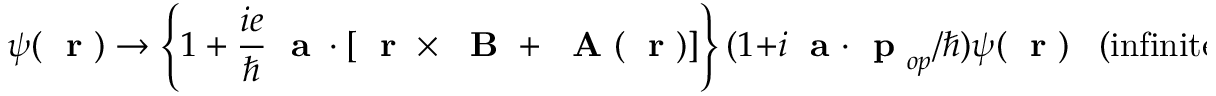
\psi ( \mathrm { ~ \bf ~ r ~ } ) \rightarrow \left\{ 1 + \frac { i e } { \hbar } { \mathrm { ~ \bf ~ a ~ } } \cdot [ \mathrm { ~ \bf ~ r ~ } \times \mathrm { ~ \bf ~ B ~ } + \mathrm { ~ \bf ~ A ~ } ( \mathrm { ~ \bf ~ r ~ } ) ] \right\} ( 1 + i { \mathrm { ~ \bf ~ a ~ } } \cdot \mathrm { ~ \bf ~ p ~ } _ { o p } / \hbar ) \psi ( \mathrm { ~ \bf ~ r ~ } ) \; \; \; ( \mathrm { i n f i n i t e s i m a l \; \; \; { \mathrm { ~ \bf ~ a ~ } } ) \; , }